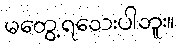
မတွေ့ရသေးပါဘူး။